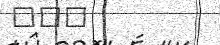
٢٠٣